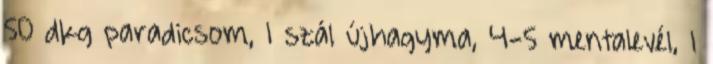
50 dkg paradicsom, 1 szál újhagyma, 4-5 mentalevél, 1